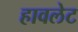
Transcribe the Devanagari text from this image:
हावलेट